Indian journal of veterinary science and animal husbandry - Volume 3,
Year: 1933
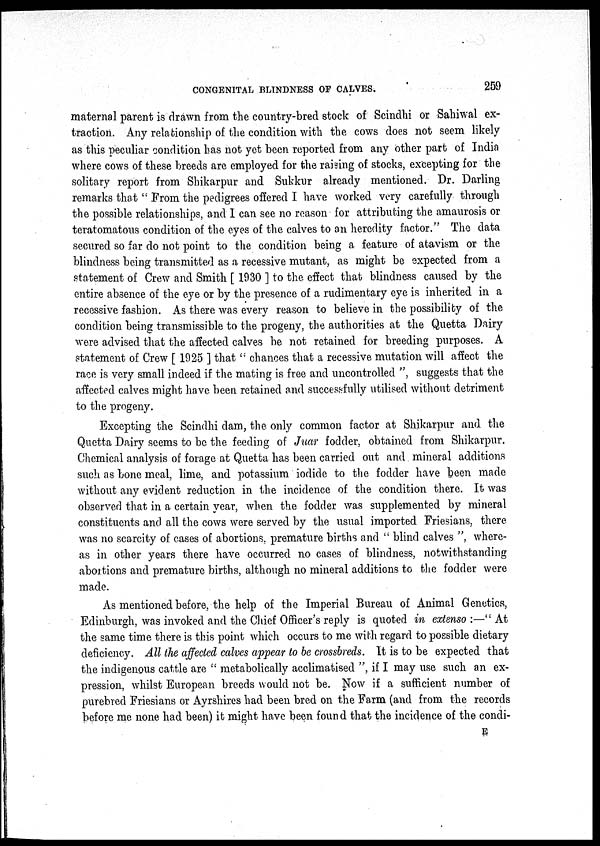
CONGENITAL BLINDNESS OF CALVES.
259
maternal parent is drawn from the country-bred stock of Scindhi or Sahiwal ex-
traction. Any relationship of the condition with the cows does not seem likely
as this peculiar condition has not yet been reported from any other part of India
where cows of these breeds are employed for the raising of stocks, excepting for the
solitary report from Shikarpur and Sukkur already mentioned. Dr. Darling
remarks that " From the pedigrees offered I have worked very carefully through
the possible relationships, and I can see no reason for attributing the amaurosis or
teratomatous condition of the eyes of the calves to an heredity factor." The data
secured so far do not point to the condition being a feature of atavism or the
blindness being transmitted as a recessive mutant, as might be expected from a
statement of Crew and Smith [ 1930 ] to the effect that blindness caused by the
entire absence of the eye or by the presence of a rudimentary eye is inherited in a
recessive fashion. As there was every reason to believe in the possibility of the
condition being transmissible to the progeny, the authorities at the Quetta Dairy
were advised that the affected calves be not retained for breeding purposes. A
statement of Crew [ 1925 ] that" chances that a recessive mutation will affect the
race is very small indeed if the mating is free and uncontrolled ", suggests that the
affected calves might have been retained and successfully utilised without detriment
to the progeny.
Excepting the Scindhi dam, the only common factor at Shikarpur and the
Quetta Dairy seems to be the feeding of Juar fodder, obtained from Shikarpur.
Chemical analysis of forage at Quetta has been carried out and mineral additions
such as bone meal, lime, and potassium iodide to the fodder have been made
without any evident reduction in the incidence of the condition there. It was
observed that in a certain year, when the fodder was supplemented by mineral
constituents and all the cows were served by the usual imported Friesians, there
was no scarcity of cases of abortions, premature births and " blind calves ", where-
as in other years there have occurred no cases of blindness, notwithstanding
abortions and premature births, although no mineral additions to the fodder were
made.
As mentioned before, the help of the Imperial Bureau of Animal Genetics,
Edinburgh, was invoked and the Chief Officer's reply is quoted in extenso :—" At
the same time there is this point which occurs to me with regard to possible dietary
deficiency. All the affected calves appear to be crossbreds. It is to be expected that
the indigenous cattle are " metabolically acclimatised ", if I may use such an ex-
pression, whilst European breeds would not be. Now if a sufficient number of
purebred Friesians or Ayrshires had been bred on the Farm (and from the records
before me none had been) it might have been found that the incidence of the condi-
E